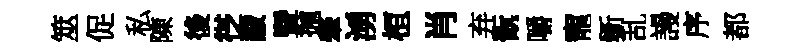
筮促私陳後徔黻暨抛肇湧桓肖弃翫嚼寵斵乱謾序都